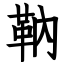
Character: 靹